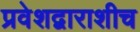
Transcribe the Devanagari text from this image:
प्रवेशद्वाराशीच